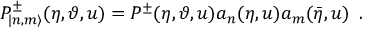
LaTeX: P _ { | n , m \rangle } ^ { \pm } ( \eta , \vartheta , u ) = P ^ { \pm } ( \eta , \vartheta , u ) a _ { n } ( \eta , u ) a _ { m } ( \bar { \eta } , u ) \, \, \, .